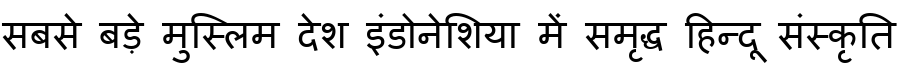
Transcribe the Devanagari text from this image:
सबसे बड़े मुस्लिम देश इंडोनेशिया में समृद्ध हिन्दू संस्कृति